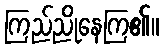
ကြည်ညိုနေကြ၏။